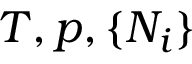
T , p , \{ N _ { i } \}